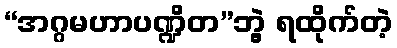
“အဂ္ဂမဟာပဏ္ဍိတ”ဘွဲ့ ရထိုက်တဲ့